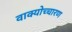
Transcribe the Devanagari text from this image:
वाक्योच्चारण